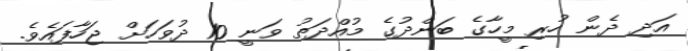
އަދި ދެން ހުރި މީހާގެ ބަންދުގެ މުއްދަތު ވަނީ 10 ދުވަހަށް ޖަހާފައެވެ.